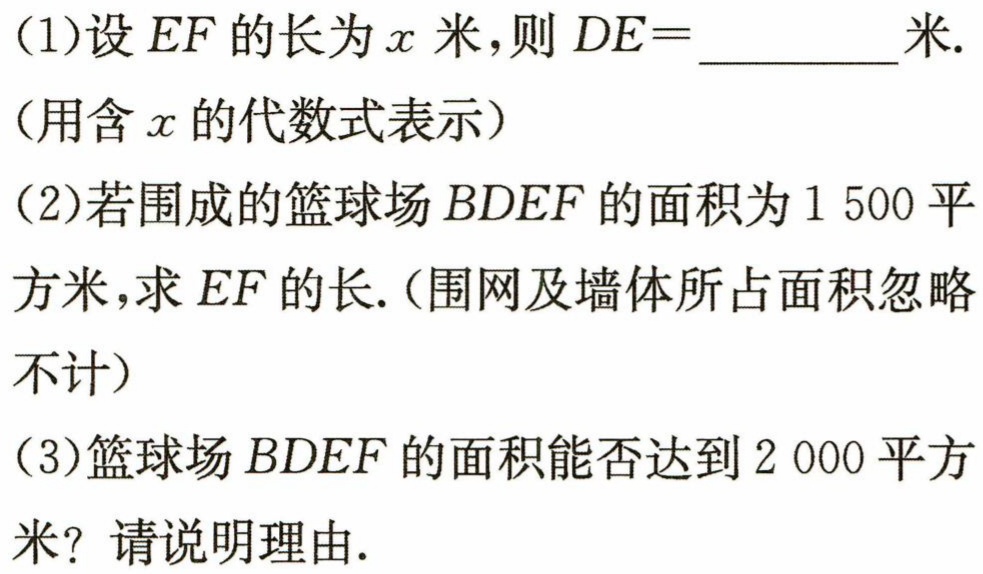
(1)设 \(EF\) 的长为 \(x\) 米，则 \(DE = \)  米.（用含 \(x\) 的代数式表示）
(2)若围成的篮球场 \(BDEF\) 的面积为 \(1500\) 平方米，求 \(EF\) 的长.（围网及墙体所占面积忽略不计）
(3)篮球场 \(BDEF\) 的面积能否达到 \(2000\) 平方米？请说明理由.